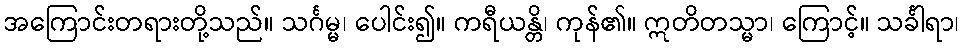
အကြောင်းတရားတို့သည်။ သင်္ဂမ္မ၊ ပေါင်း၍။ ကရီယန္တိ၊ ကုန်၏။ ဣတိတသ္မာ၊ ကြောင့်။ သင်္ခါရာ၊